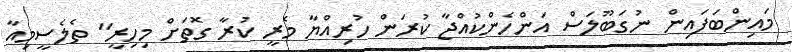
މައިންބަފައިން ނުގަބޫލަސް އަންހެންކުއްޖާ ކުރަން ހުރިއްޔާ މެރީ ކުރާ ގޮތަށް މިހިރީ" ތެލެސީމިއާ